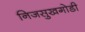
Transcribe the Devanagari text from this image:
निजसुखगोडी